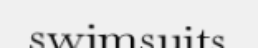
swimsuits